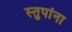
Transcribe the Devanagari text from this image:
स्तुपांना